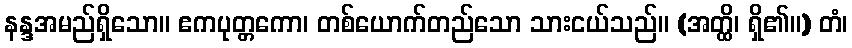
နန္ဒအမည်ရှိသော။ ဧကပုတ္တကော၊ တစ်ယောက်တည်သော သားငယ်သည်။ (အတ္ထိ၊ ရှိ၏။) တံ၊